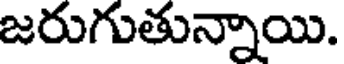
జరుగుతున్నాయి.